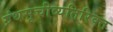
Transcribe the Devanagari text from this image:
ग्रंथसूचीव्यतिरिक्त